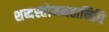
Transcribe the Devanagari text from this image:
शब्दस्तोममहानिधि